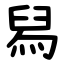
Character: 舄